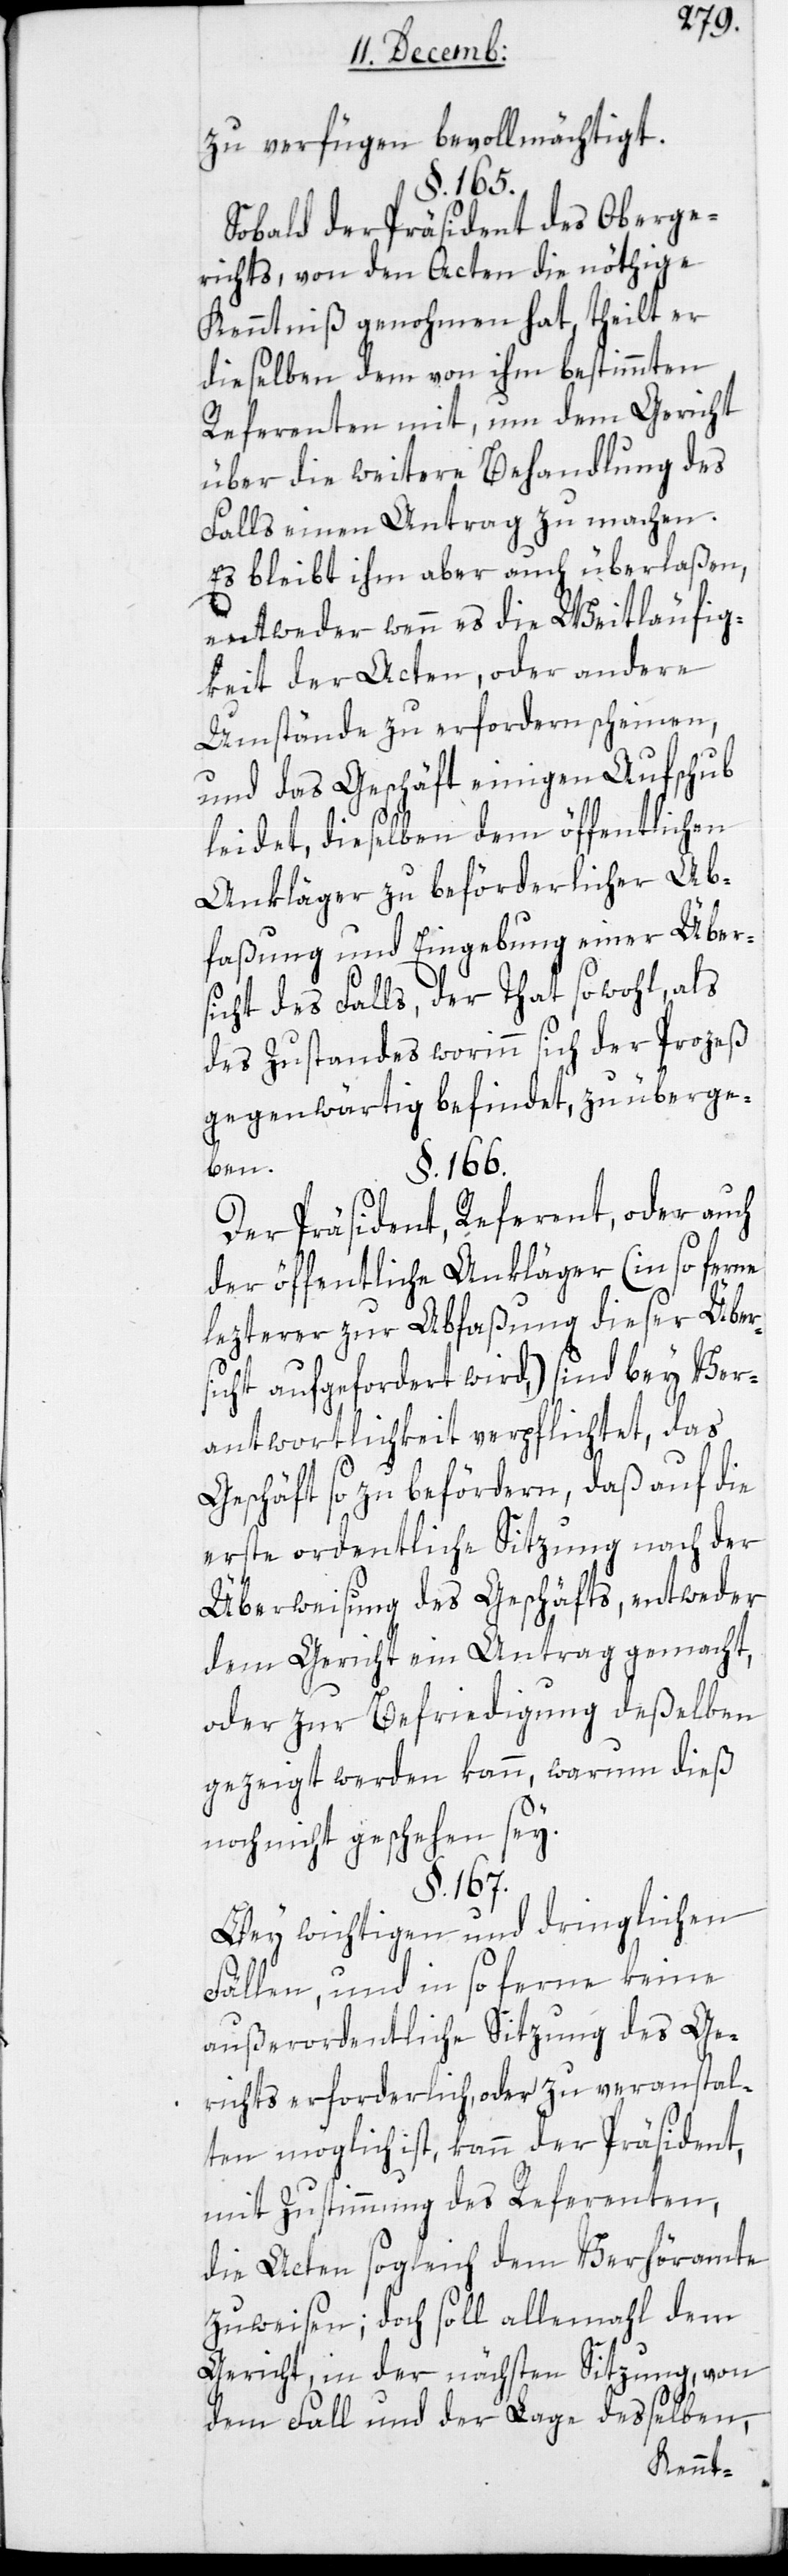
zu verfügen bevollmächtigt.
§. 165.
Sobald der Präsident des Oberge¬
richts, von den Acten die nöthige
Kenntniß genohmen hat, theilt er
dieselben dem von ihm bestimmten
Referenten mit, um dem Gericht
über die weitere Behandlung des
Falls einen Antrag zu machen.
Es bleibt ihm aber auch überlaßen,
entweder wenn es die Weitläufig¬
keit der Acten, oder andere
Umstände zu erfordern scheinen,
und das Geschäft einigen Aufschub
leidet, dieselben dem öffentlichen
Ankläger zu beförderlicher Ab¬
faßung und Eingebung einer Über¬
sicht des Falls, der Tat sowohl, als
des Zustandes worinn sich der Prozeß
gegenwärtig befindet, zu überge¬
ben.
§. 166.
Der Präsident, Referent, oder auch
der öffentliche Ankläger (in so ferne
lezterer zur Abfaßung dieser Über¬
sicht aufgefordert wird,) sind bey Ver¬
antwortlichkeit verpflichtet, das
Geschäft so zu befördern, daß auf die
erste ordentliche Sitzung nach der
Überweisung des Geschäfts, entweder
dem Gericht ein Antrag gemacht,
oder zur Befriedigung deßelben
gezeigt werden kann, warum dieß
noch nicht geschehen sey.
§. 167.
Bei wichtigen und dringlichen
Fällen, und in so ferne keine
außerordentliche Sitzung des Ge¬
richts erforderlich, oder zu veranstal¬
ten möglich ist, kann der Präsident,
mit Zustimmung des Referenten,
die Acten sogleich dem Verhöramte
zuweisen; doch soll allemal dem
Gericht in der nächsten Sitzung, von
dem Fall und der Lage desselben